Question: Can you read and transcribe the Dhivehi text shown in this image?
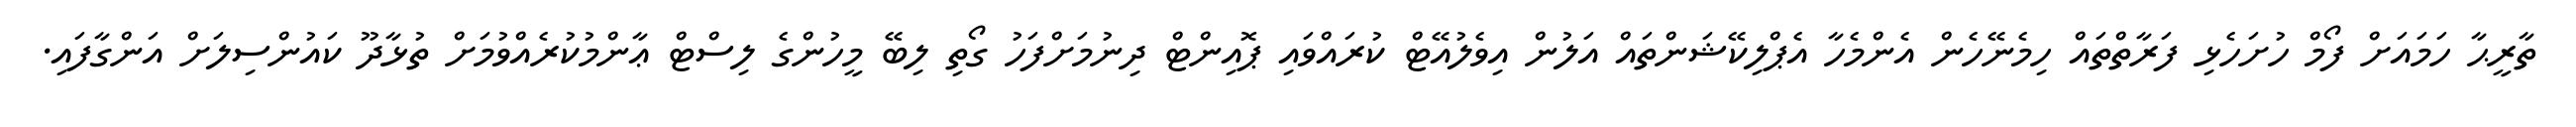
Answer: ތާރީޙާ ހަމައަށް ފޯމް ހުށަހެޅި ފަރާތްތައް ހިމެނޭހެން އެންމެހާ އެޕްލިކޭޝަންތައް އަލުން އިވެލުއޭޓް ކުރައްވައި ޕޮއިންޓް ދިނުމަށްފަހު ގޯތި ލިބޭ މީހުންގެ ލިސްޓް ޢާންމުކުރެއްވުމަށް ތުޅާދޫ ކައުންސިލަށް އަންގާފައި.